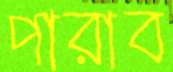
পারাব